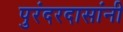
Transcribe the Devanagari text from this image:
पुरंदरदासांनी